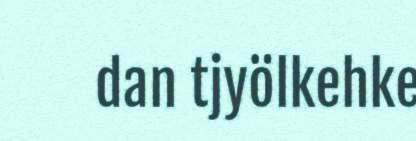
dan tjyölkehke